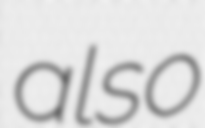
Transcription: also